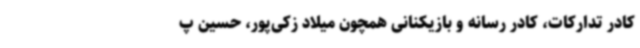
کادر تدارکات، کادر رسانه و بازیکنانی همچون میلاد زکی‌پور،‌ حسین پ